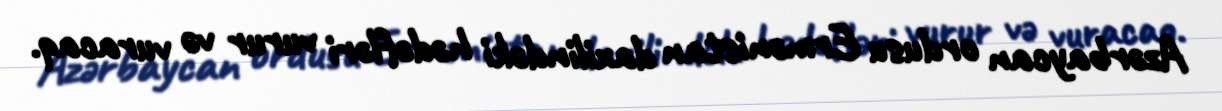
Azərbaycan ordusu Ermənistan daxilindəki hədəfləri vurur və vuracaq.